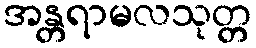
အန္တရာမလသုတ္တ